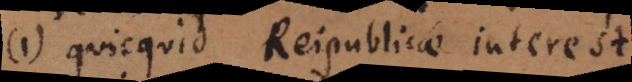
1) quicquid Reipublicae interest.